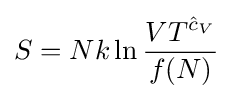
S=Nk\ln {\frac {VT^{{\hat {c}}_{V}}}{f(N)}}